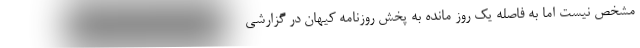
مشخص نیست اما به فاصله یک روز مانده به پخش روزنامه کیهان در گزارشی